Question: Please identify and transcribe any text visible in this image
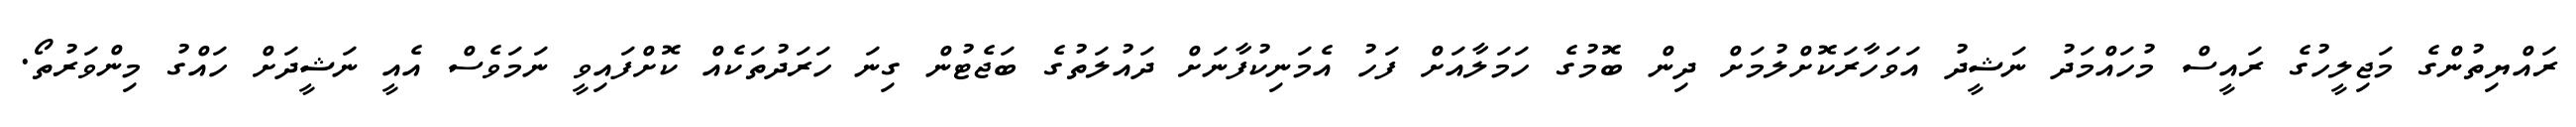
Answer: ރައްޔިތުންގެ މަޖިލީހުގެ ރައީސް މުހައްމަދު ނަޝީދު އަވަހާރަކޮށްލުމަށް ދިން ބޮމުގެ ހަމަލާއަށް ފަހު އެމަނިކުފާނަށް ދައުލަތުގެ ބަޖެޓުން ގިނަ ހަރަދުތަކެއް ކޮށްފައިވީ ނަމަވެސް އެއީ ނަޝީދަށް ހައްގު މިންވަރުތޯ.